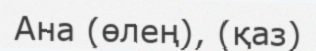
Ана (өлең), (қаз)